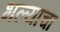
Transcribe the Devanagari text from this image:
भल्याचा